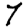
Digit: 7